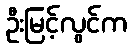
ဦးမြင့်လွင်က